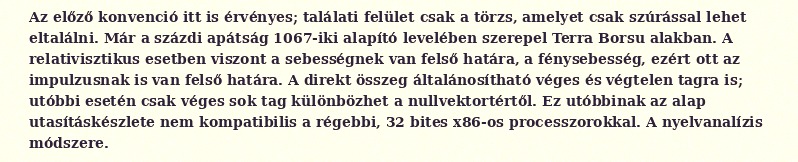
Az előző konvenció itt is érvényes; találati felület csak a törzs, amelyet csak szúrással lehet eltalálni. Már a százdi apátság 1067-iki alapító levelében szerepel Terra Borsu alakban. A relativisztikus esetben viszont a sebességnek van felső határa, a fénysebesség, ezért ott az impulzusnak is van felső határa. A direkt összeg általánosítható véges és végtelen tagra is; utóbbi esetén csak véges sok tag különbözhet a nullvektortértől. Ez utóbbinak az alap utasításkészlete nem kompatibilis a régebbi, 32 bites x86-os processzorokkal. A nyelvanalízis módszere.